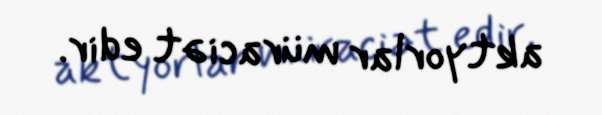
aktyorlar müraciət edir.